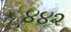
૪૪૨